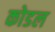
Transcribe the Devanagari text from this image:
कोडल